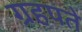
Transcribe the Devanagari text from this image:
ग्रहपते